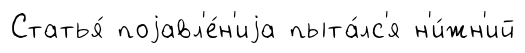
Статья́ поjавл'е́н'иjа пыта́лс'я н'и́жн'ий